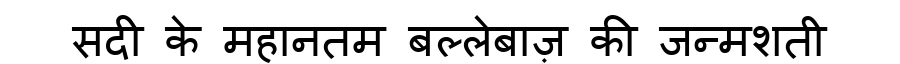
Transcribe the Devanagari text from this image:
सदी के महानतम बल्लेबाज़ की जन्मशती